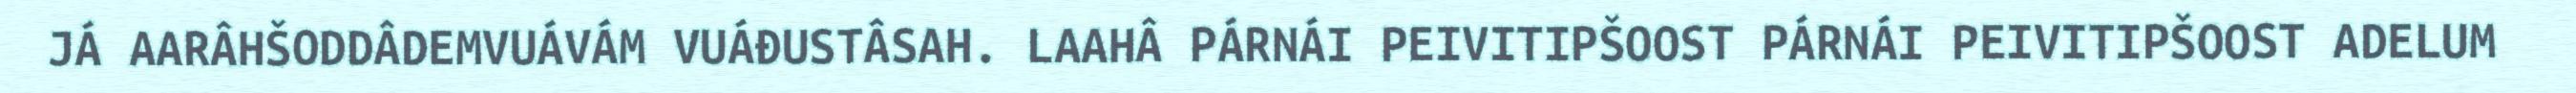
JÁ AARÂHŠODDÂDEMVUÁVÁM VUÁĐUSTÂSAH. LAAHÂ PÁRNÁI PEIVITIPŠOOST PÁRNÁI PEIVITIPŠOOST ADELUM